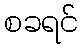
စခရင်